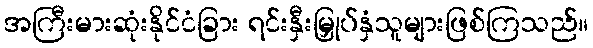
အကြီးမားဆုံးနိုင်ငံခြား ရင်းနှီးမြှုပ်နှံသူများဖြစ်ကြသည်။